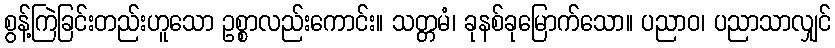
စွန့်ကြဲခြင်းတည်းဟူသော ဥစ္စာလည်းကောင်း။ သတ္တမံ၊ ခုနစ်ခုမြောက်သော။ ပညာဝ၊ ပညာသာလျှင်